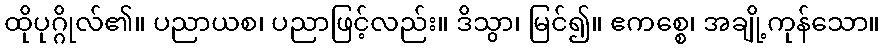
ထိုပုဂ္ဂိုလ်၏။ ပညာယစ၊ ပညာဖြင့်လည်း။ ဒိသွာ၊ မြင်၍။ ဧကစ္စေ၊ အချို့ကုန်သော။